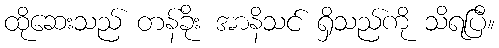
ထိုဆေးသည် တန်ခိုး အာနိသင် ရှိသည်ကို သိရပြီ။